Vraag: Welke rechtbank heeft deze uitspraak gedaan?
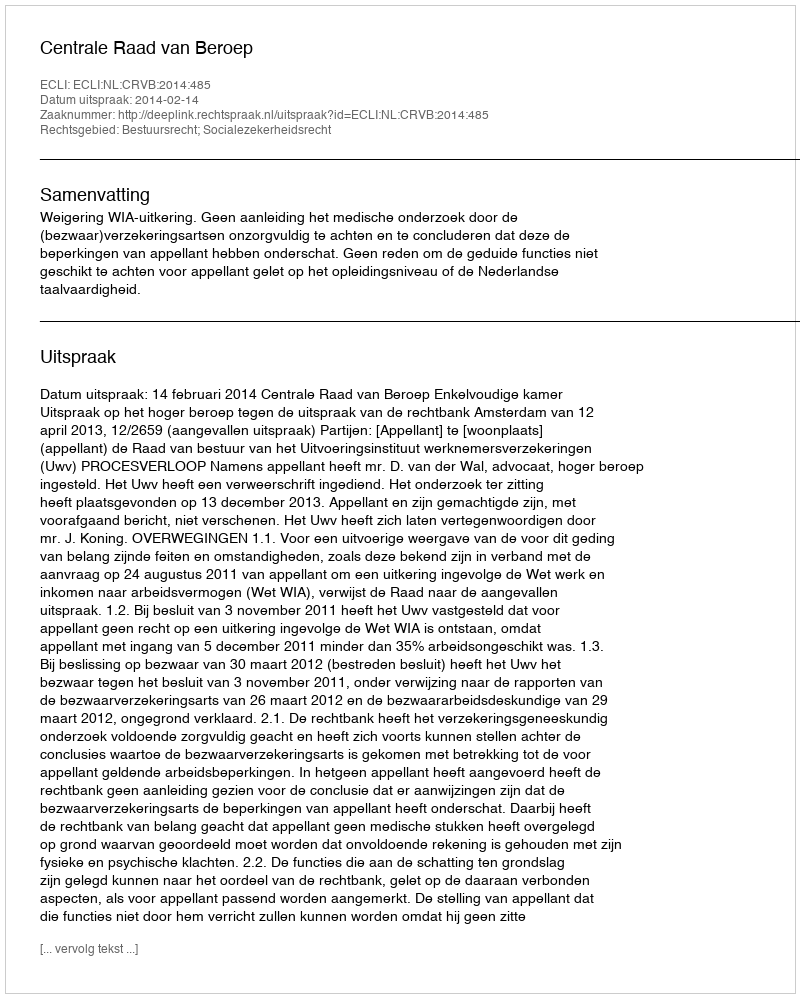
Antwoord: Centrale Raad van Beroep